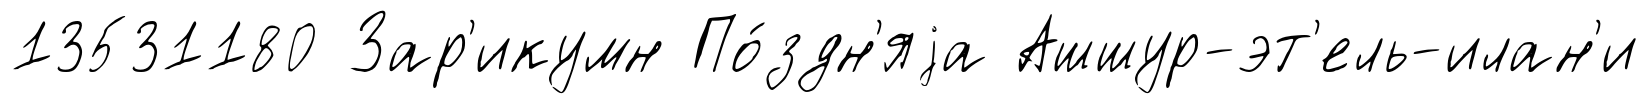
13531180 Зар'икумн По́здн'яjа Ашшур-эт'ель-илан'и